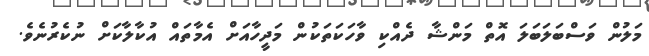
މަލުން ވަސްބަލަބަލަ އޮތް މަންޝާ ދެއްކި ވާހަކަތަކުން މަދީހާއަށް އެމާތައް އުކާލާކަށް ނުކެރުނެވެ.